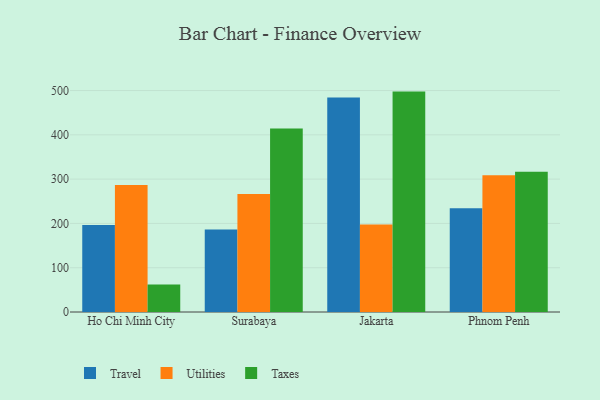
{"axis": {"x": "City", "y": "Headcount"}, "legend": ["Taxes", "Travel", "Utilities"], "data": [{"x": "Ho Chi Minh City", "y": 196.5, "type": "Travel"}, {"x": "Ho Chi Minh City", "y": 286.8, "type": "Utilities"}, {"x": "Ho Chi Minh City", "y": 62.2, "type": "Taxes"}, {"x": "Surabaya", "y": 186.3, "type": "Travel"}, {"x": "Surabaya", "y": 266.6, "type": "Utilities"}, {"x": "Surabaya", "y": 414.5, "type": "Taxes"}, {"x": "Jakarta", "y": 484.3, "type": "Travel"}, {"x": "Jakarta", "y": 197.3, "type": "Utilities"}, {"x": "Jakarta", "y": 497.6, "type": "Taxes"}, {"x": "Phnom Penh", "y": 234.2, "type": "Travel"}, {"x": "Phnom Penh", "y": 308.5, "type": "Utilities"}, {"x": "Phnom Penh", "y": 316.4, "type": "Taxes"}]}